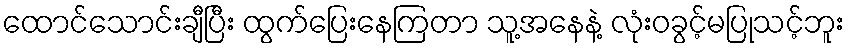
ထောင်သောင်းချီပြီး ထွက်ပြေးနေကြတာ သူ့အနေနဲ့ လုံးဝခွင့်မပြုသင့်ဘူး